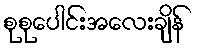
စုစုပေါင်းအလေးချိန်